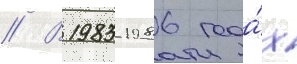
// В 1983-1986 года́х